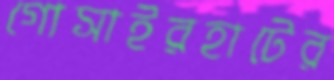
গোসাইরহাটের